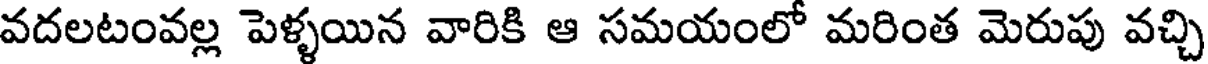
వదలటంవల్ల పెళ్ళయిన వారికి ఆ సమయంలో మరింత మెరుపు వచ్చి